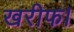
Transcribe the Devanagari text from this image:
खरीफ।